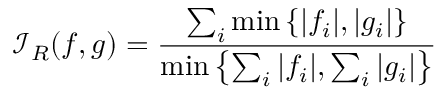
\mathcal { I } _ { R } ( \boldsymbol { f } , \boldsymbol { g } ) = \frac { \sum _ { i } \operatorname* { m i n } \left\{ | f _ { i } | , | g _ { i } | \right\} } { \operatorname* { m i n } \left\{ \sum _ { i } | f _ { i } | , \sum _ { i } | g _ { i } | \right\} }